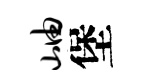
岫堡